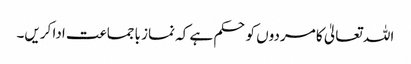
اللہ تعالیٰ کا مردوں کوحکم ہے کہ نماز باجماعت ادا کریں۔